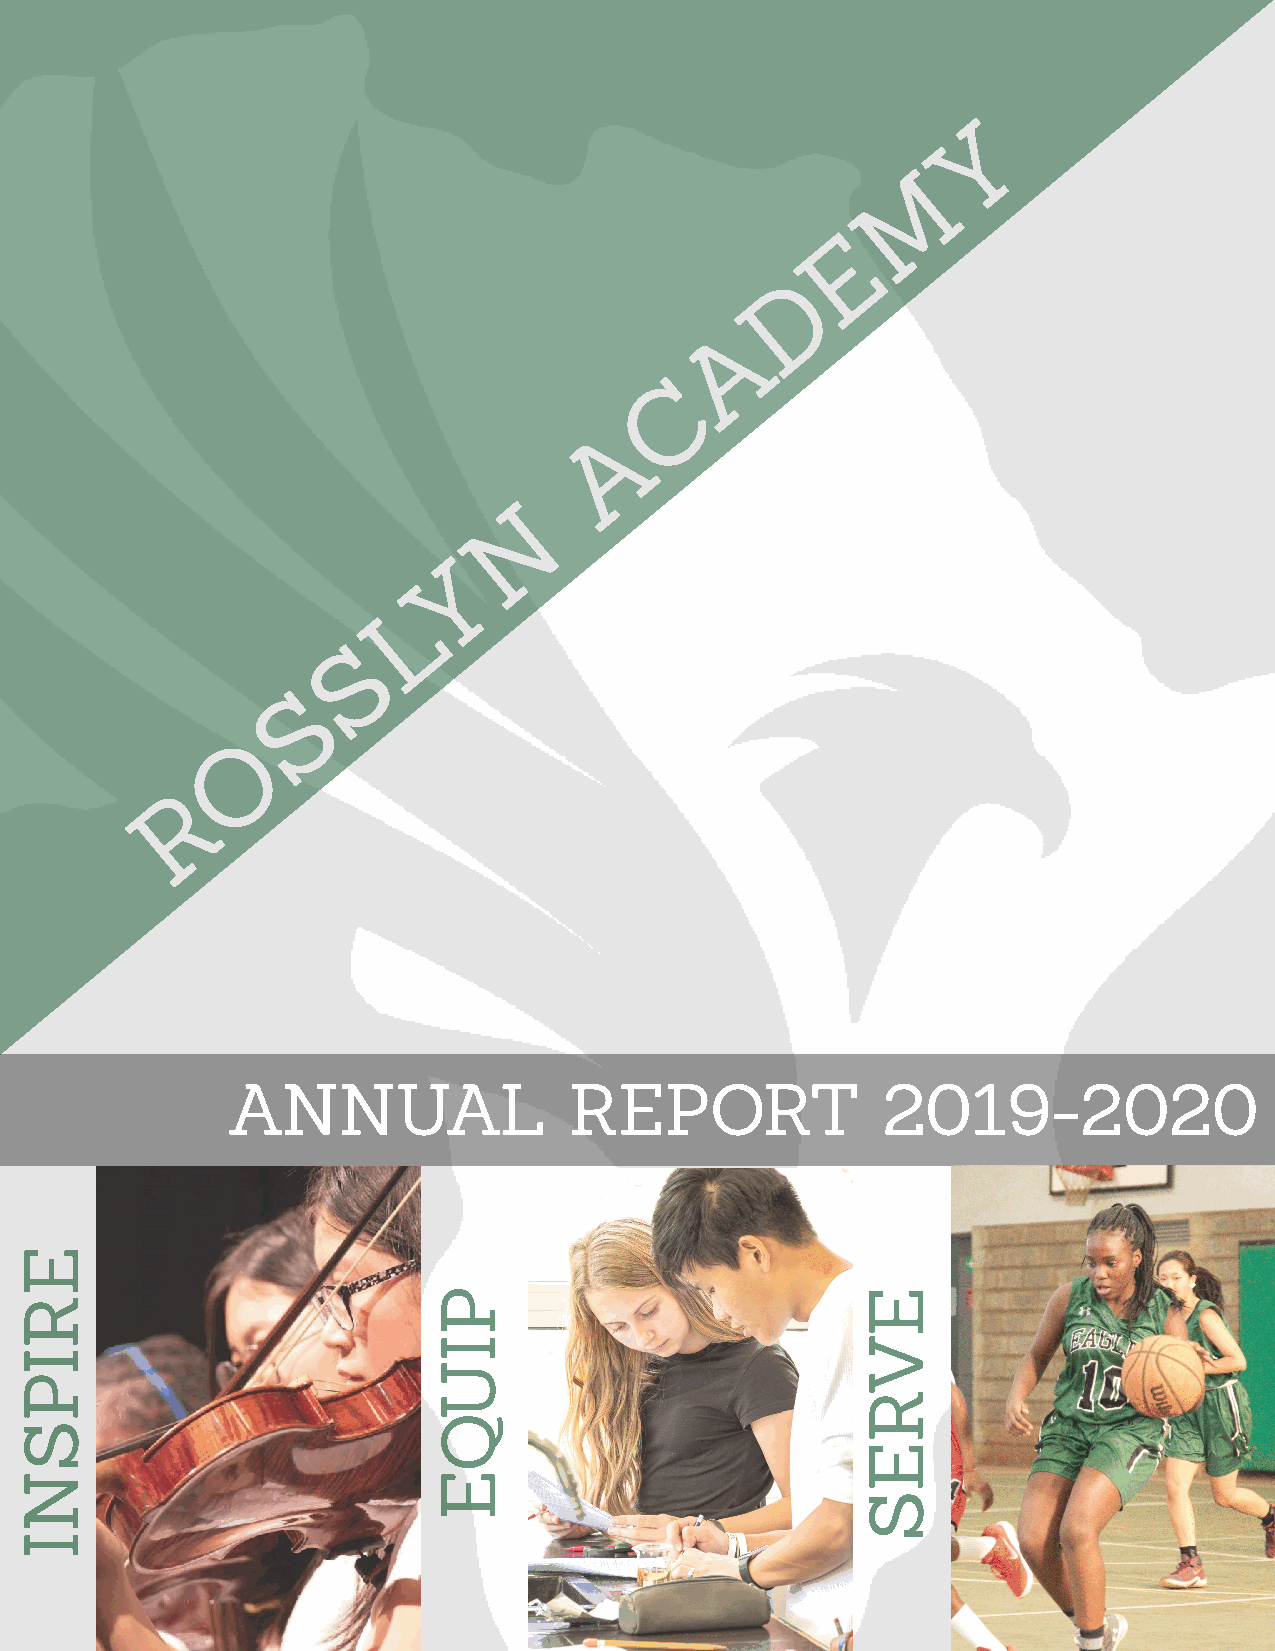
Y
 M
 E
 D
 A
 C
 A
 N
 Y
 L
 S
 S
 O
 R
 A   NNUA          L    REPORT              20    19-20        20
 ERIPS
 NI
 PIUQE                       E
 VRES